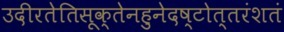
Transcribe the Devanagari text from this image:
उदीरतेतिसूक्तेनहुनेदष्टोत्तरंशतं